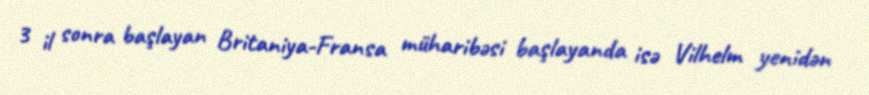
3 il sonra başlayan Britaniya-Fransa müharibəsi başlayanda isə Vilhelm yenidən